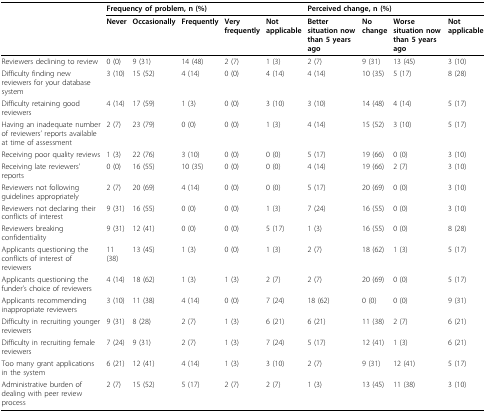
<table><thead><tr><td></td><td colspan="5"><b>Frequency of problem, n (%)</b></td><td colspan="4"><b>Perceived change, n (%)</b></td></tr><tr><td></td><td><b>Never</b></td><td><b>Occasionally</b></td><td><b>Frequently</b></td><td><b>Very frequently</b></td><td><b>Not applicable</b></td><td><b>Better situation now than 5 years ago</b></td><td><b>No change</b></td><td><b>Worse situation now than 5 years ago</b></td><td><b>Not applicable</b></td></tr></thead><tbody><tr><td>Reviewers declining to review</td><td>0 (0)</td><td>9 (31)</td><td>14 (48)</td><td>2 (7)</td><td>1 (3)</td><td>2 (7)</td><td>9 (31)</td><td>13 (45)</td><td>3 (10)</td></tr><tr><td>Difficulty finding new reviewers for your database system</td><td>3 (10)</td><td>15 (52)</td><td>4 (14)</td><td>0 (0)</td><td>4 (14)</td><td>4 (14)</td><td>10 (35)</td><td>5 (17)</td><td>8 (28)</td></tr><tr><td>Difficulty retaining good reviewers</td><td>4 (14)</td><td>17 (59)</td><td>1 (3)</td><td>0 (0)</td><td>3 (10)</td><td>3 (10)</td><td>14 (48)</td><td>4 (14)</td><td>5 (17)</td></tr><tr><td>Having an inadequate number of reviewers&#x27; reports available at time of assessment</td><td>2 (7)</td><td>23 (79)</td><td>0 (0)</td><td>0 (0)</td><td>1 (3)</td><td>4 (14)</td><td>15 (52)</td><td>3 (10)</td><td>5 (17)</td></tr><tr><td>Receiving poor quality reviews</td><td>1 (3)</td><td>22 (76)</td><td>3 (10)</td><td>0 (0)</td><td>0 (0)</td><td>5 (17)</td><td>19 (66)</td><td>0 (0)</td><td>3 (10)</td></tr><tr><td>Receiving late reviewers&#x27; reports</td><td>0 (0)</td><td>16 (55)</td><td>10 (35)</td><td>0 (0)</td><td>0 (0)</td><td>4 (14)</td><td>19 (66)</td><td>2 (7)</td><td>3 (10)</td></tr><tr><td>Reviewers not following guidelines appropriately</td><td>2 (7)</td><td>20 (69)</td><td>4 (14)</td><td>0 (0)</td><td>0 (0)</td><td>5 (17)</td><td>20 (69)</td><td>0 (0)</td><td>3 (10)</td></tr><tr><td>Reviewers not declaring their conflicts of interest</td><td>9 (31)</td><td>16 (55)</td><td>0 (0)</td><td>0 (0)</td><td>1 (3)</td><td>7 (24)</td><td>16 (55)</td><td>0 (0)</td><td>3 (10)</td></tr><tr><td>Reviewers breaking confidentiality</td><td>9 (31)</td><td>12 (41)</td><td>0 (0)</td><td>0 (0)</td><td>5 (17)</td><td>1 (3)</td><td>16 (55)</td><td>0 (0)</td><td>8 (28)</td></tr><tr><td>Applicants questioning the conflicts of interest of reviewers</td><td>11 (38)</td><td>13 (45)</td><td>1 (3)</td><td>0 (0)</td><td>1 (3)</td><td>2 (7)</td><td>18 (62)</td><td>1 (3)</td><td>5 (17)</td></tr><tr><td>Applicants questioning the funder&#x27;s choice of reviewers</td><td>4 (14)</td><td>18 (62)</td><td>1 (3)</td><td>1 (3)</td><td>2 (7)</td><td>2 (7)</td><td>20 (69)</td><td>0 (0)</td><td>5 (17)</td></tr><tr><td>Applicants recommending inappropriate reviewers</td><td>3 (10)</td><td>11 (38)</td><td>4 (14)</td><td>0 (0)</td><td>7 (24)</td><td>18 (62)</td><td>0 (0)</td><td>0 (0)</td><td>9 (31)</td></tr><tr><td>Difficulty in recruiting younger reviewers</td><td>9 (31)</td><td>8 (28)</td><td>2 (7)</td><td>1 (3)</td><td>6 (21)</td><td>6 (21)</td><td>11 (38)</td><td>2 (7)</td><td>6 (21)</td></tr><tr><td>Difficulty in recruiting female reviewers</td><td>7 (24)</td><td>9 (31)</td><td>2 (7)</td><td>1 (3)</td><td>7 (24)</td><td>5 (17)</td><td>12 (41)</td><td>1 (3)</td><td>6 (21)</td></tr><tr><td>Too many grant applications in the system</td><td>6 (21)</td><td>12 (41)</td><td>4 (14)</td><td>1 (3)</td><td>3 (10)</td><td>2 (7)</td><td>9 (31)</td><td>12 (41)</td><td>5 (17)</td></tr><tr><td>Administrative burden of dealing with peer review process</td><td>2 (7)</td><td>15 (52)</td><td>5 (17)</td><td>2 (7)</td><td>2 (7)</td><td>1 (3)</td><td>13 (45)</td><td>11 (38)</td><td>3 (10)</td></tr></tbody></table>